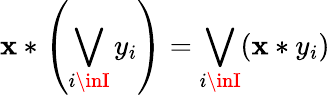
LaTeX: \mathbf{x}*\left(\bigvee_{i\inI}{y_{i}}\right)=\bigvee_{i\inI}(\mathbf{x}*y_{i})